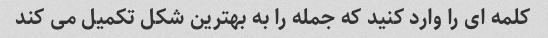
کلمه ای را وارد کنید که جمله را به بهترین شکل تکمیل می کند